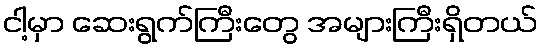
ငါ့မှာ ဆေးရွက်ကြီးတွေ အများကြီးရှိတယ်